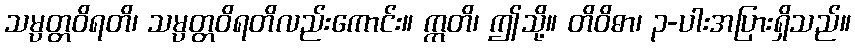
သမ္ပတ္တဝိရတိ၊ သမ္ပတ္တဝိရတိလည်းကောင်း။ ဣတိ၊ ဤသို့။ တိဝိဓာ၊ ၃-ပါးအပြားရှိသည်။